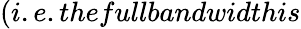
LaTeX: (i.e.thefullbandwidthis